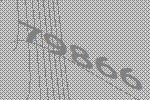
79866